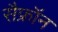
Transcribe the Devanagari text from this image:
सैफ्रॉन